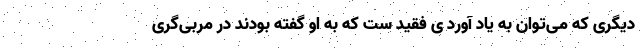
دیگری که می‌توان به یاد آورد ی فقید ست که به او گفته بودند در مربی‌گری